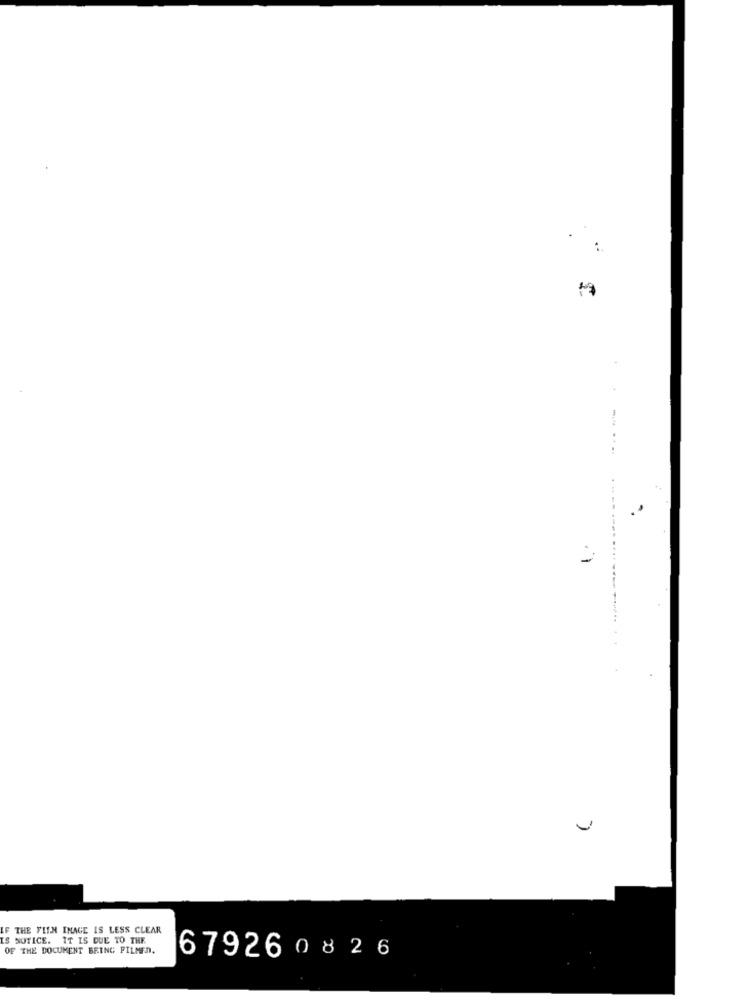
IF THE FLIN INAGE IS LESS CLEAR
IS NOTICE. IT IS DUE TO THE
OF THE DOCUMENT BRING FILMEN.
679260826